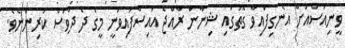
ވީނިއުސްއަށް އެނގިފައިވާ ގޮތުގައި ޝިނާން ރާއްޖެ އައިސްފައިވަނީ މީގެ ދެ ދުވަސް ކުރިންނެވެ.